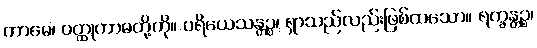
ကာမေ၊ ဝတ္ထုကာမတို့ကို။ ပရိယေသန္တဉ္စ၊ ရှာသည်လည်းဖြစ်ထသော။ ရက္ခန္တဉ္စ၊